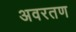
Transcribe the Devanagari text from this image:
अवरतण